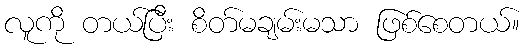
လူကို တယ်ပြီး စိတ်မချမ်းမသာ ဖြစ်စေတယ်။